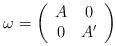
\begin{align*}\omega = \left( \begin{array}{cc} A & 0 \\ 0 & A' \end{array} \right)\end{align*}